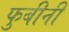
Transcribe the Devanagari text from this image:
फुबीनी